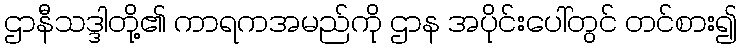
ဌာနီသဒ္ဒါတို့၏ ကာရကအမည်ကို ဌာန အပိုင်းပေါ်တွင် တင်စား၍